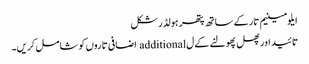
ایلومینیم تار کے ساتھ پتھر ہولڈر شکل
تائید اور پھل پھولنے کے ل additional اضافی تاروں کو شامل کریں۔